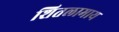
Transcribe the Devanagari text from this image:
शितलामाय